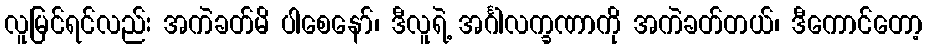
လူမြင်ရင်လည်း အကဲခတ်မိ ပါစေနော်၊ ဒီလူရဲ့ အင်္ဂါလက္ခဏာကို အကဲခတ်တယ်၊ ဒီကောင်တော့